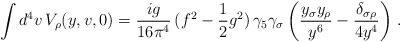
\begin{align*}\int d^4v\,V_\rho(y,v,0)=\frac{ig}{16\pi^4}\,(f^2-\frac{1}{2}g^2)\,\gamma_5\gamma_\sigma\left(\frac{y_\sigma y_\rho}{y^6}-\frac{\delta_{\sigma\rho}}{4y^4}\right) \, .\end{align*}